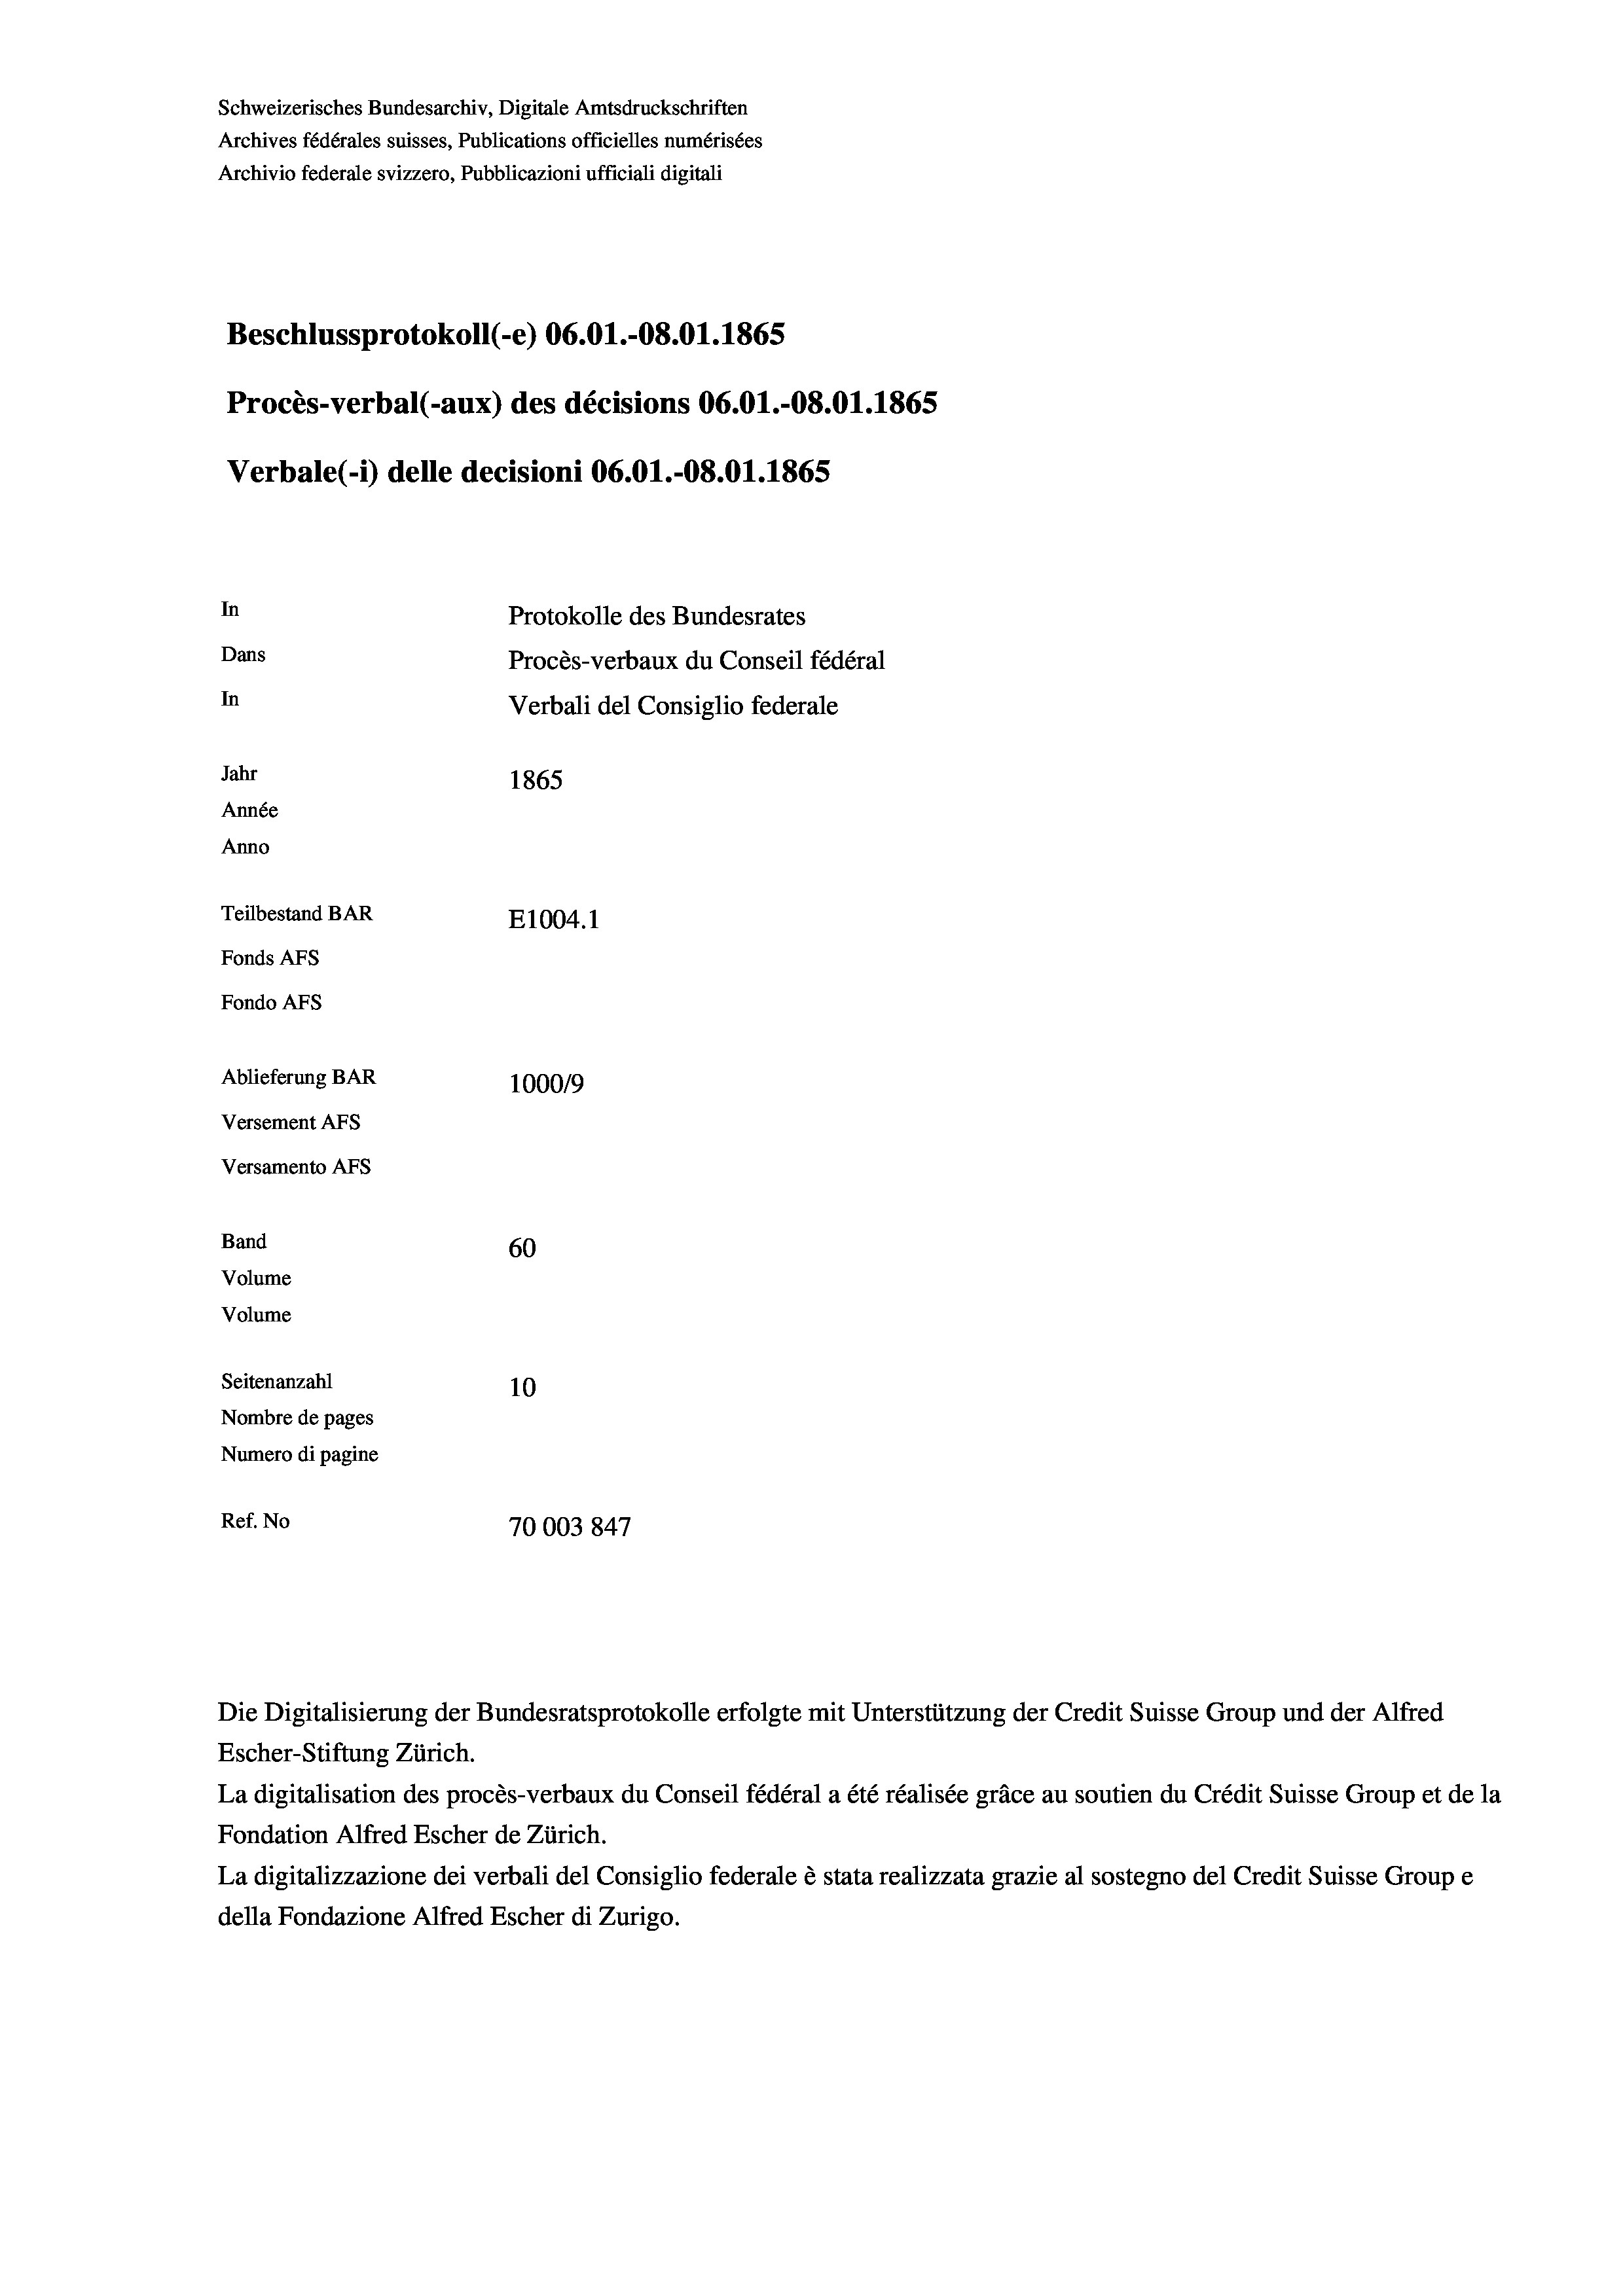
Schweizerisches Bundesarchiv, Digitale Amtsdruckschriften
Archives fédérales suisses, Publications officielles numérisées
Archivio federale svizzero, Pubblicazioni ufficiali digitali
Beschlussprotokoll (-e) 06.01.-08.01. 1865
Procès-verbal (-aux) des décisions 06.01.-O8.01. 1865
Verbale (i) delle decisioni 06.01.-O8.01. 1865
In
Protokolle des Bundesrates
Dans
Procès-verbaux du Conseil fédéral
In
Verbali del Consiglio federale
Jahr
1865
Année
Anno
Teilbestand BAR
E1004. 1
Fonds AFs
Fondo AFS
Ablieferung BAR
1000/9
Versement AFs
Versamento Afs
Band
60
Volume
Volume
Seitenanzahl
10
Nombre de pages
Numero di pagine
Ref. No
70003847

Escher-Stiftung Zürich.
La digitalisation des procès-verbaux du Conseil fédéral a été réalisée gräce au soutien du Crédit Suisse Group et de la
Fondation Alfred Escher de Zürich.
La digitalizzazione dei verbali del Consiglio federale è stata realizzata grazie al sostegno del Credit Suisse Groupe
della Fondazione Alfred Escher di Zurigo.

Die Digitalisierung der Bundesratsprotokolle erfolgte mit Unterstützung der Credit Suisse Group und der Alfred